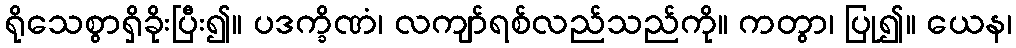
ရိုသေစွာရှိခိုးပြီး၍။ ပဒက္ခိဏံ၊ လကျာ်ရစ်လည်သည်ကို။ ကတွာ၊ ပြု၍။ ယေန၊